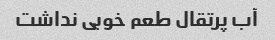
آب پرتقال طعم خوبی نداشت